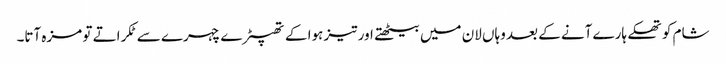
شام کو تھکے ہارے آنے کے بعد وہاں لان میں بیٹھتے اور تیز ہوا کے تھپیڑے چہرے سے ٹکراتے تو مزہ آتا۔